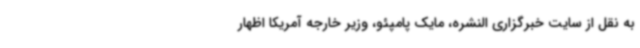
به نقل از سایت خبرگزاری النشره، مایک پامپئو، وزیر خارجه آمریکا اظهار